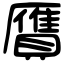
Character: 贋